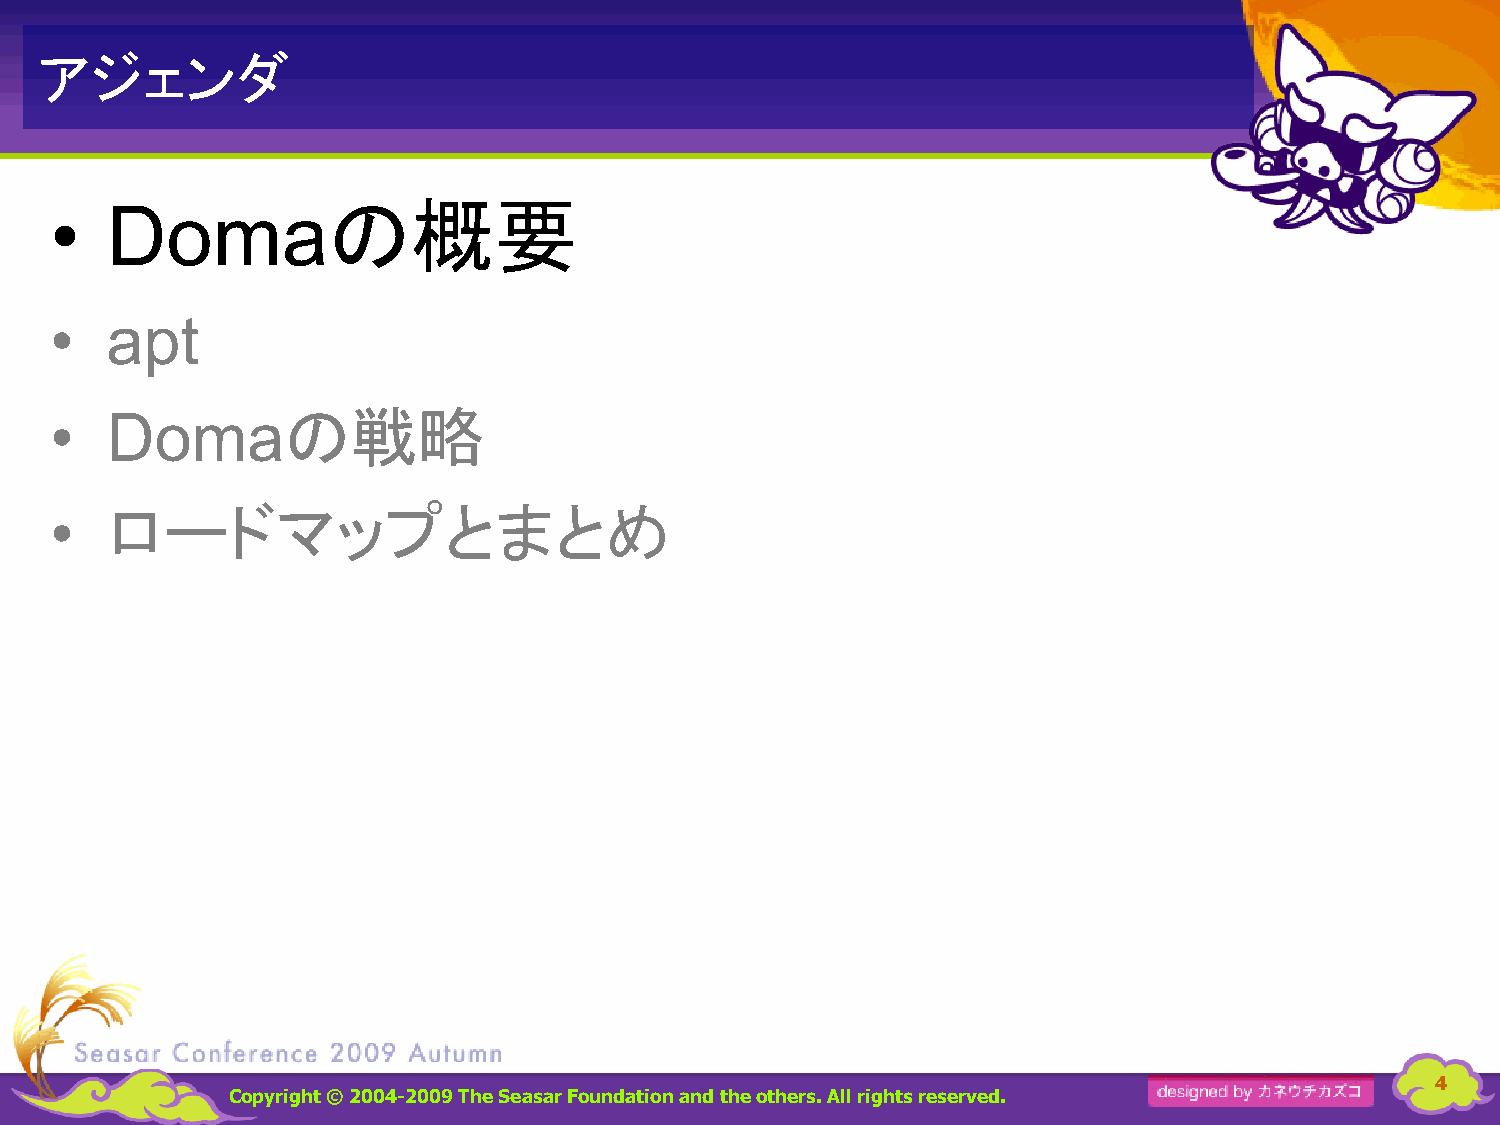
アジェンダ
 の概要
 •   Doma
 •   apt
 の戦略
 •   Doma
 ロードマップとまとめ
 •
 4
 Copyright © 2004-2009 The Seasar Foundationand the others. All rights reserved.